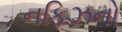
નફિઝનો